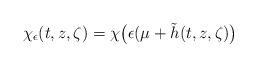
LaTeX: \begin{align*} \chi_{\epsilon}(t,z,\zeta) = \chi\bigl(\epsilon(\mu + \tilde{h}(t,z,\zeta)\bigr) \end{align*}